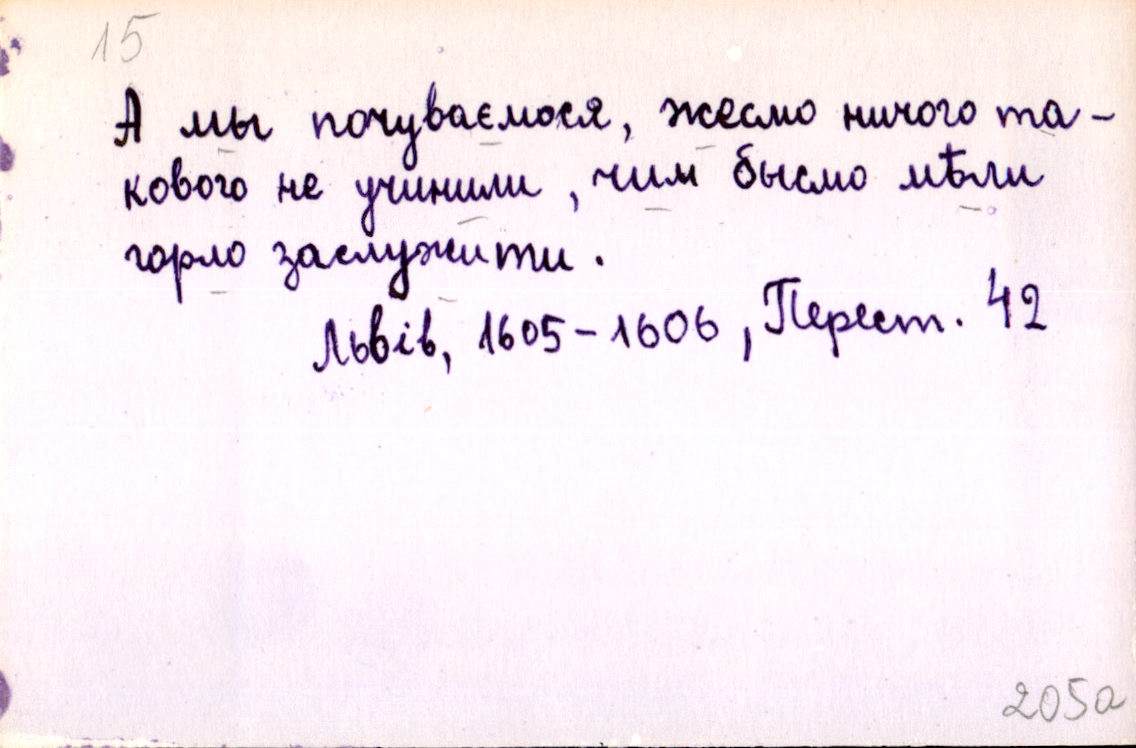
А мы почуваємося, жесмо ничого та-
кового не учинили, чим бысмо мѣли
горло заслужити.
Львів, 1605-1606, Перест. 42